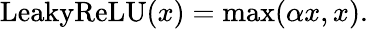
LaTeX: \mathrm{LeakyReLU}(x)=\operatorname*{max}(\alpha x,x).